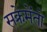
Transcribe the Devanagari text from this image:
सक्रेमेंतो